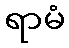
ရာမံ